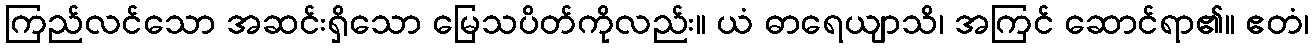
ကြည်လင်သော အဆင်းရှိသော မြေသပိတ်ကိုလည်း။ ယံ ဓာရေယျာသိ၊ အကြင် ဆောင်ရာ၏။ ဧတံ၊